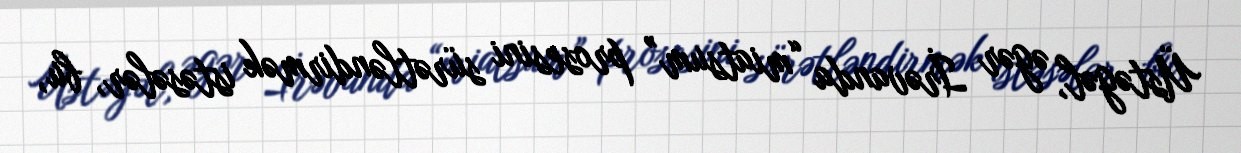
Üstəgəl, əgər İrəvanda “miatsum” prosesini sürətləndirmək istəsələr, bu,